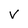
Character: V